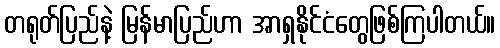
တရုတ်ပြည်နဲ့ မြန်မာပြည်ဟာ အာရှနိုင်ငံတွေဖြစ်ကြပါတယ်။